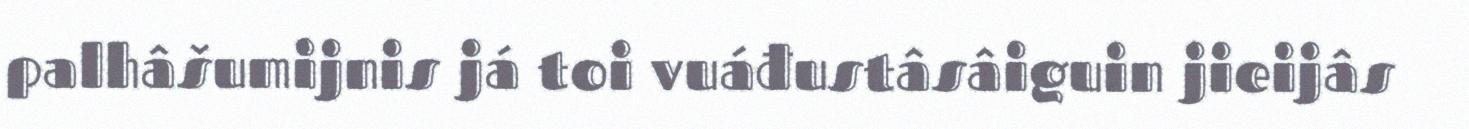
palhâšumijnis já toi vuáđustâsâiguin jieijâs